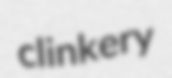
clinkery